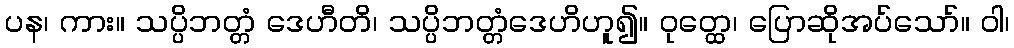
ပန၊ ကား။ သပ္ပိဘတ္တံ ဒေဟီတိ၊ သပ္ပိဘတ္တံဒေဟိဟူ၍။ ဝုတ္ထေ၊ ပြောဆိုအပ်သော်။ ဝါ၊